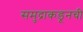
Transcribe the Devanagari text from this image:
समुद्राकडूनची